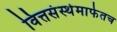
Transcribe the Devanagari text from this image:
वित्तसंस्थेमार्फतच